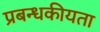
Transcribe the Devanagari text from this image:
प्रबन्धकीयता